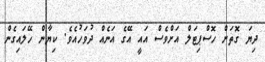
ދިޔަ ގޮތަށް ހޮސްޕިޓަލް އަށްވެސް އައީ އޭގެ އަނެއް ދުވަހުއެވެ. ކިޔާން ހޭލައިގެން